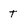
Character: t